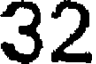
32